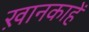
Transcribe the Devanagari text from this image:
ख़ानकाहें